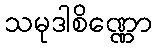
သမုဒါစိဏ္ဏော